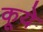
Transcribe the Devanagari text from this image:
कूये